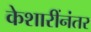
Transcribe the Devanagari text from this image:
केशारींनंतर